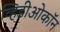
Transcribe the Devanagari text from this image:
व्हिडीओकॉन